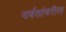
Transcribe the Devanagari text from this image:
पर्वतांवरील